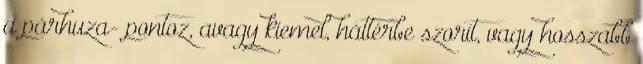
a párhuza- pontoz, avagy kiemel, háttérbe szorít, vagy hosszabb